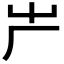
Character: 𠨲